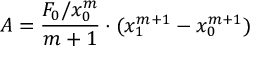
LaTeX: A = { \frac { F _ { 0 } / x _ { 0 } ^ { m } } { m + 1 } } \cdot ( x _ { 1 } ^ { m + 1 } - x _ { 0 } ^ { m + 1 } )